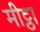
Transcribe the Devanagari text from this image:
मीट्ठा